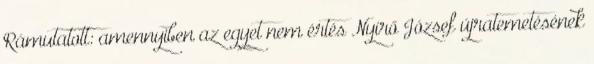
Rámutatott: amennyiben az egyet nem értés Nyírő József újratemetésének